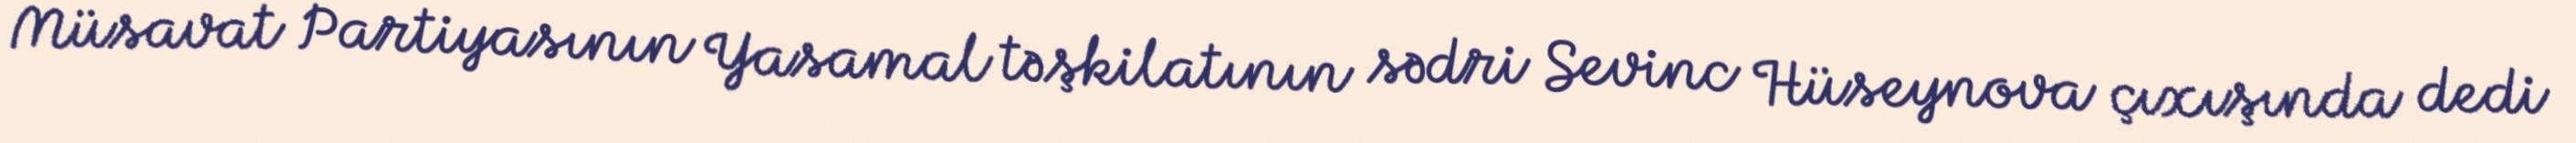
Müsavat Partiyasının Yasamal təşkilatının sədri Sevinc Hüseynova çıxışında dedi